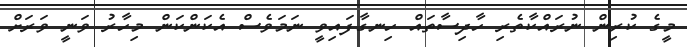
މީގެ ކުރިން ނުރައްކާތެރި ހާދިސާތައް ހިނގާފައިވީ ނަމަވެސް އެކަންކަން މިހާރު ވަނީ ވަރަށް